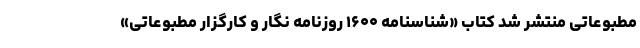
مطبوعاتی منتشر شد کتاب «شناسنامه ۱۶۰۰ روزنامه نگار و کارگزار مطبوعاتی»